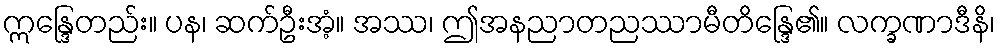
ဣန္ဒြေတည်း။ ပန၊ ဆက်ဦးအံ့။ အဿ၊ ဤအနညာတညဿာမီတိန္ဒြေ၏။ လက္ခဏာဒီနိ၊